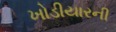
ખોડીયારની